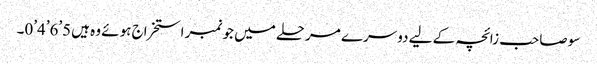
سو صاحب زائچہ کے لیے دوسرے مرحلے میں جو نمبر استخراج ہوئے وہ ہیں5’6’4’0۔